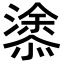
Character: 𭞢